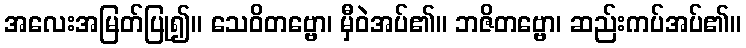
အလေးအမြတ်ပြု၍။ သေဝိတဗ္ဗော၊ မှီဝဲအပ်၏။ ဘဇိတဗ္ဗော၊ ဆည်းကပ်အပ်၏။